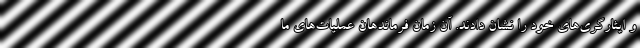
و ایثارگری‌های خود را نشان دادند. آن زمان فرماندهان عملیات‌های ما